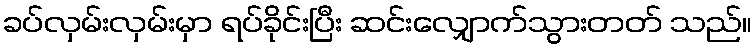
ခပ်လှမ်းလှမ်းမှာ ရပ်ခိုင်းပြီး ဆင်းလျှောက်သွားတတ် သည်။